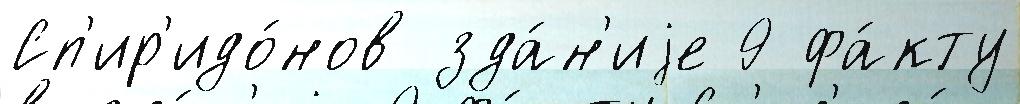
Сп'ир'идо́нов зда́н'иjе 9 фа́кту